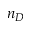
n _ { D }